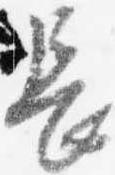
長